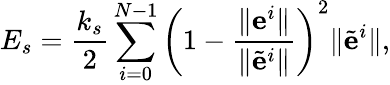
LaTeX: E_{s}=\frac{k_{s}}{2}\sum_{i=0}^{N-1}\left(1-\frac{\lVert\mathbf{e}^{i}\rVert}{\lVert\tilde{\mathbf{e}}^{i}\rVert}\right)^{2}\lVert\tilde{\mathbf{e}}^{i}\rVert,